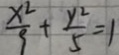
\frac { x ^ { 2 } } { 9 } + \frac { y ^ { 2 } } { 5 } = 1